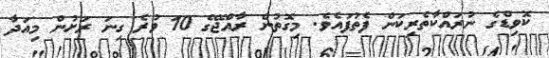
ކޮވިޑްގެ ނުރައްކާތެރިކަން ފެތުފައެވެ. މިގޮތުން ރާއްޖޭގެ 10 ވުރެ ގިނަ ރަށުން މިއަދާ